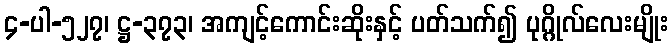
၄-ပါ-၅၂၇၊ ဋ္ဌ-၃၇၃၊ အကျင့်ကောင်းဆိုးနှင့် ပတ်သက်၍ ပုဂ္ဂိုလ်လေးမျိုး